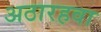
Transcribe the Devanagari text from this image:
अठारहवा